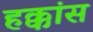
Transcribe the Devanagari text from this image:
हक्कांस